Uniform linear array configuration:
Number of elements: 24
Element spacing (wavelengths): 0.75
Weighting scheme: hamming
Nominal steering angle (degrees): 45
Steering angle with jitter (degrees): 46.002
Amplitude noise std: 0.05
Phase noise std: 0.05

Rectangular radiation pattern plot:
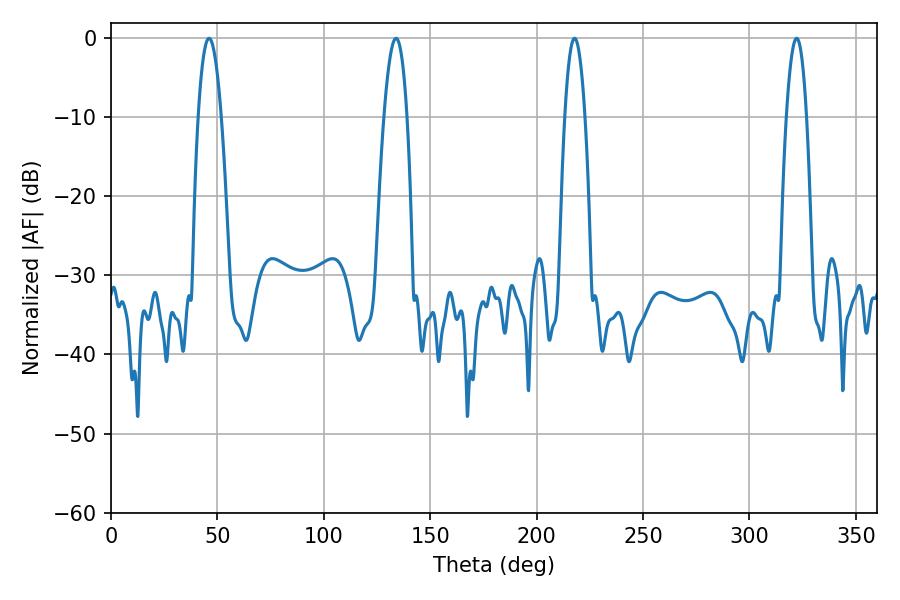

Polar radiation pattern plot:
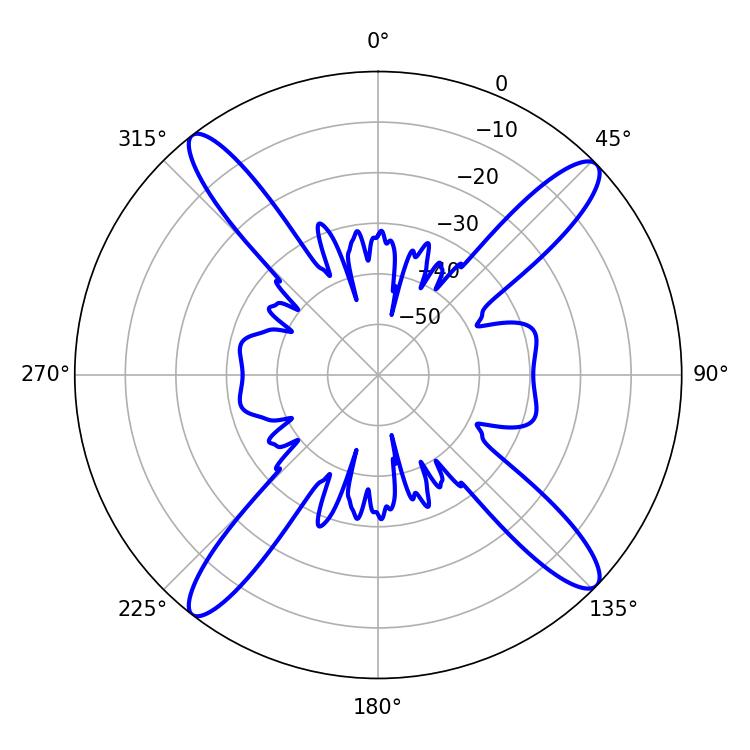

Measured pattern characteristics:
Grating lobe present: TRUE
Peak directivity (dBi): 16.779
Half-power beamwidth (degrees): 5.94
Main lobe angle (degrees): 133.92